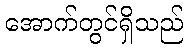
အောက်တွင်ရှိသည်